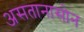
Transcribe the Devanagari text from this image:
असतानासोन